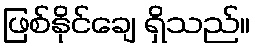
ဖြစ်နိုင်ချေ ရှိသည်။